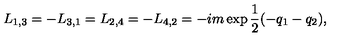
L _ { 1 , 3 } = - L _ { 3 , 1 } = L _ { 2 , 4 } = - L _ { 4 , 2 } = - i m \exp { \frac { 1 } { 2 } } ( - q _ { 1 } - q _ { 2 } ) ,